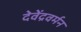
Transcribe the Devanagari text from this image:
देवेंद्रवर्मन